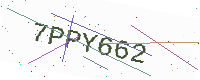
Text: 7PPY662